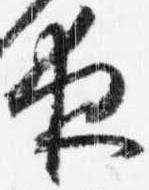
夜